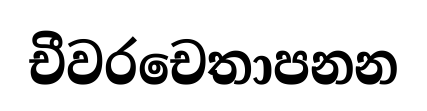
චීවරචෙතාපනන